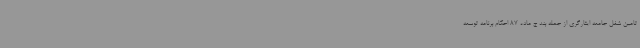
تامین شغل جامعه ایثارگری از جمله بند ج ماده 87 احکام برنامه توسعه